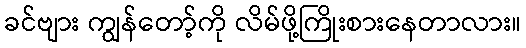
ခင်ဗျား ကျွန်တော့်ကို လိမ်ဖို့ကြိုးစားနေတာလား။